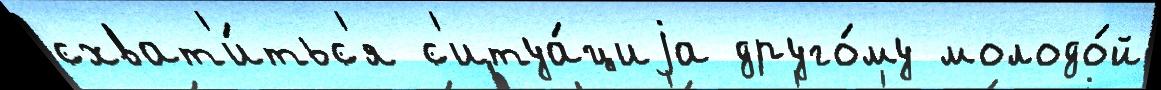
схват'и́тьс'я с'итуа́циjа друго́му молодо́й